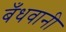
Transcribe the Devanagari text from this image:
बँधवानी